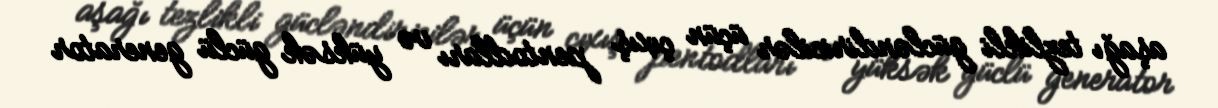
aşağı tezlikli gücləndiricilər üçün çıxış pentodları və yüksək güclü generator